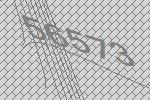
56573